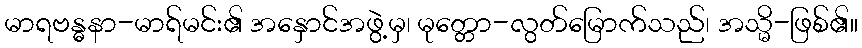
မာရဗန္ဓနာ-မာရ်မင်း၏ အနှောင်အဖွဲ့မှ၊ မုတ္တော-လွတ်မြောက်သည်၊ အသ္မိ-ဖြစ်၏။